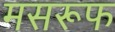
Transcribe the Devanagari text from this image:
मसरूफ